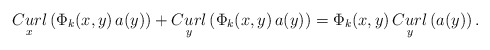
\begin{align*}\underset{x}{Curl}\left( \Phi_{k}(x,y) \, a(y) \right) + \underset{y}{Curl}\left( \Phi_{k}(x,y) \, a(y) \right) = \Phi_{k}(x,y) \, \underset{y}{Curl}\left(a(y)\right).\end{align*}